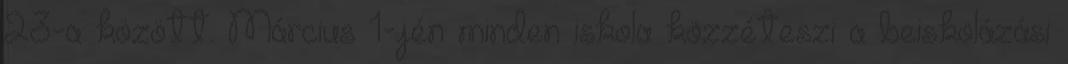
23-a között. Március 1-jén minden iskola közzéteszi a beiskolázási